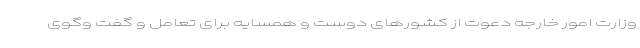
وزارت امور خارجه دعوت از کشورهای دوست و همسایه برای تعامل و گفت وگوی